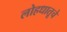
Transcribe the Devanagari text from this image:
लोहधातूचे